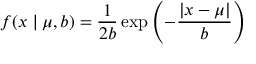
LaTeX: f ( x \mid \mu , b ) = { \frac { 1 } { 2 b } } \exp \left( - { \frac { | x - \mu | } { b } } \right) \,